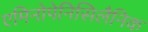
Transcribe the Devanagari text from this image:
एमिनोपेनिसिलैनिक